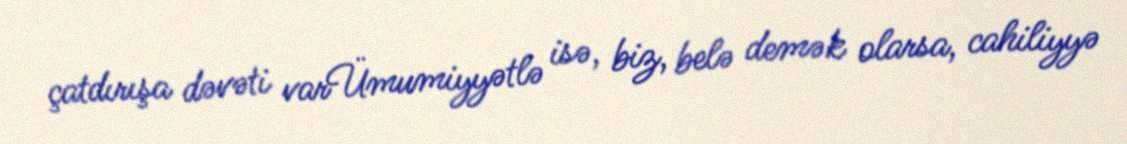
çatdırışa dəvəti varÜmumiyyətlə isə, biz, belə demək olarsa, cahiliyyə